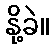
နို့ခဲ။